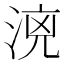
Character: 𣶑